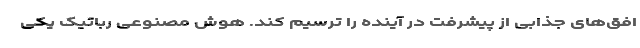
افق‌های جذابی از پیشرفت در آینده را ترسیم کند. هوش مصنوعی رباتیک یکی